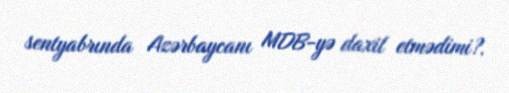
sentyabrında Azərbaycanı MDB-yə daxil etmədimi?.